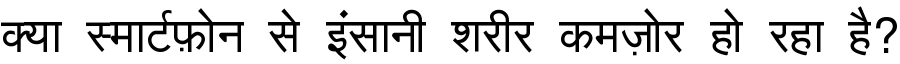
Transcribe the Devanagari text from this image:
क्या स्मार्टफ़ोन से इंसानी शरीर कमज़ोर हो रहा है?